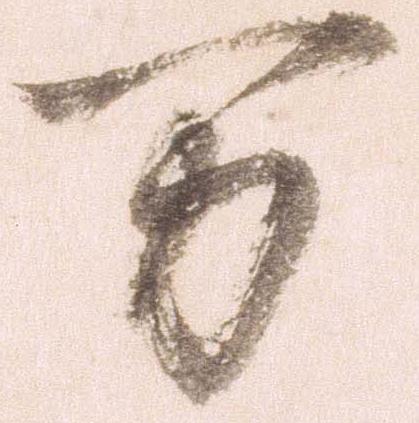
万